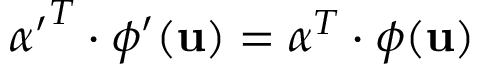
\boldsymbol { \alpha ^ { \prime } } ^ { T } \cdot \boldsymbol { \phi ^ { \prime } } ( \mathbf { u } ) = \boldsymbol { \alpha } ^ { T } \cdot \boldsymbol { \phi } ( \mathbf { u } )